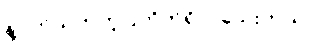
နဲ့ပတ်သက်တဲ့ပြတိုက်ရှိ ပါသေးတယ်။